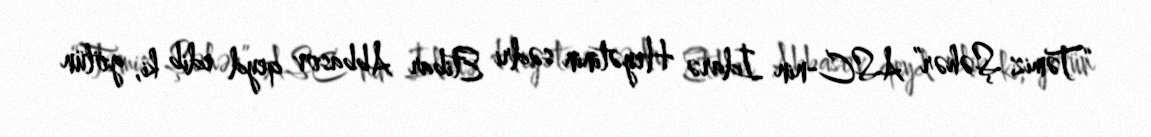
“Təmiz Şəhər” ASC-nin İdarə Heyətinin sədri Etibar Abbasov qeyd edib ki, gölün